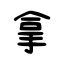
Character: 拿